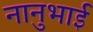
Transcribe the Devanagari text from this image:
नानुभाई